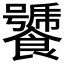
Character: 𩞣